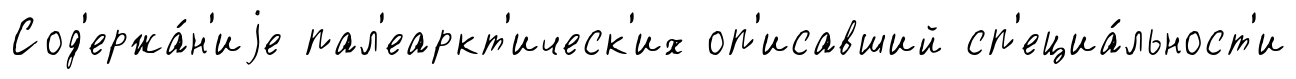
Сод'ержа́н'иjе пал'еаркт'ическ'их оп'исавший сп'ециа́льност'и